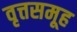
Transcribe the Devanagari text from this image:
वृत्तसमूह